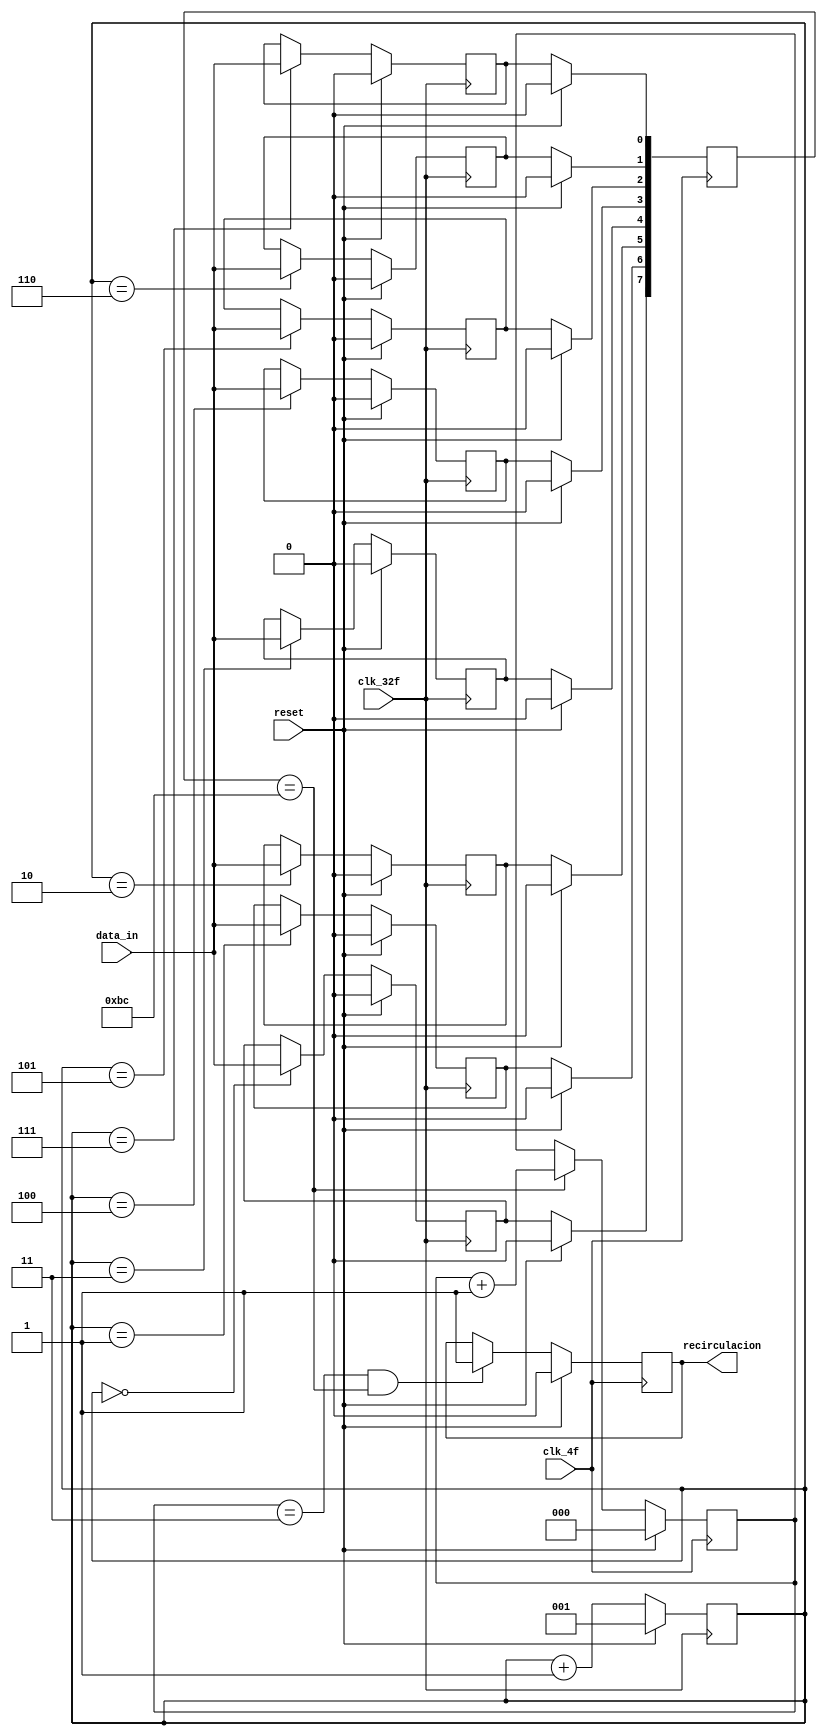
module SerialParalelo_azul (
    input clk_4f, clk_32f, data_in, reset,
    output reg recirculacion);
    

    reg temp0,temp1,temp2,temp3,temp4,temp5,temp6,temp7;
    reg [2:0] selector;
    reg [2:0] BC_counter;
    reg [7:0] auxiliar;
    reg [7:0] data2send;
    
   
 always@(negedge clk_32f)begin  
    if(reset == 1)begin
        temp0 <= 0;
        temp1 <= 0;
        temp2 <= 0;
        temp3 <= 0;
        temp4 <= 0;
        temp5 <= 0;
        temp6 <= 0;
        temp7 <= 0;
    end

    else begin
        case (selector)
        0: begin 
            temp0 <= data_in;
            end

        1: begin 
            temp1 <= data_in;
            end

        2: begin 
            temp2 <= data_in;
            end

        3: begin 
            temp3 <= data_in;
            end

        4: begin 
            temp4 <= data_in;
            end

        5: begin 
            temp5 <= data_in;
            end

        6: begin 
            temp6 <= data_in;
            end

        7: begin 
            temp7 <= data_in;
            end

        endcase
    end
 end



always@(posedge clk_32f)begin
    if(reset == 1)begin
        selector <= 3'b001;
    end
    else begin
        selector<=selector+1;
    end
end




always@(posedge clk_4f)begin

    if(reset == 1)begin
        BC_counter <= 0;
        recirculacion <= 0;
        data2send <= 0;
    end

    else begin
    if(data2send == 8'hBC)begin
        BC_counter <=  BC_counter + 1;
    end

    if (BC_counter == 3'b011 && data2send == 8'hBC)begin
        recirculacion <= 1;
    end
    
    data2send[0]<=temp7;
    data2send[1]<=temp6;
    data2send[2]<=temp5;
    data2send[3]<=temp4;
    data2send[4]<=temp3;
    data2send[5]<=temp2;
    data2send[6]<=temp1;
    data2send[7]<=temp0;

    end
end


endmodule